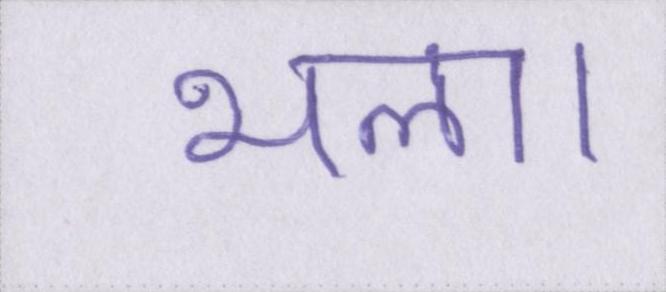
भला।